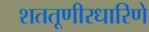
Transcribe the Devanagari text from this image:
शततूणीरधारिणे